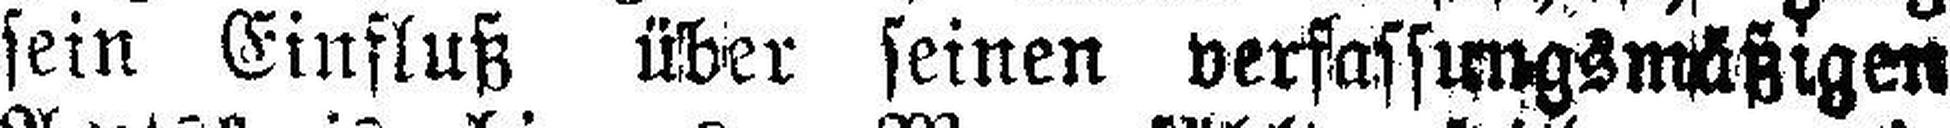
sein Einfluß über seinen verfassungsmäßigen